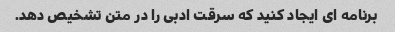
برنامه ای ایجاد کنید که سرقت ادبی را در متن تشخیص دهد.